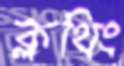
ক্লথিং